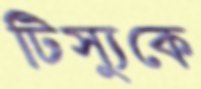
টিস্যুকে